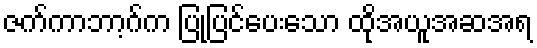
ဇက်ကာဘာ့ဂ်က ပြုပြင်ပေးသော ထိုအယူအဆအရ